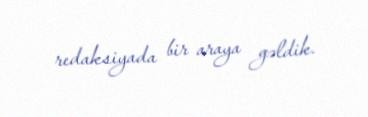
redaksiyada bir araya gəldik.